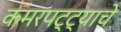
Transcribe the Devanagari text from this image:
कमरपट्ट्याचे